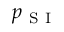
p _ { \mathrm { ~ S ~ I ~ } }